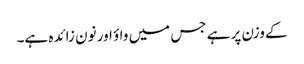
کے وزن پر ہے جس میں واؤ اور نون زائدہ ہے۔